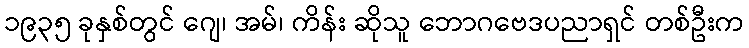
၁၉၃၅ ခုနှစ်တွင် ဂျေ၊ အမ်၊ ကိန်း ဆိုသူ ဘောဂဗေဒပညာရှင် တစ်ဦးက